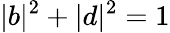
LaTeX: \vert b\vert^{2}+\vert d\vert^{2}=1